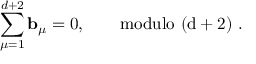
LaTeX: \sum _ { \mu = 1 } ^ { d + 2 } { \bf b } _ { \mu } = 0 , \qquad \mathrm { m o d u l o ~ ( d + 2 ) ~ } .